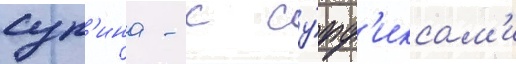
суп'ина - с су́фф'иксам'и